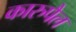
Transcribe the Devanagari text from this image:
कारुपैल